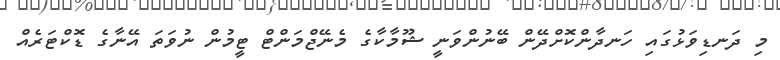
މި ދަނޑިވަޅުގައި ހަނދާންކޮށްދޭން ބޭނުންވަނީ ޝޫމާކާގެ މެނޭޖްމަންޓް ޓީމުން ނުވަތަ އޭނާގެ ޑޮކްޓަރެއް